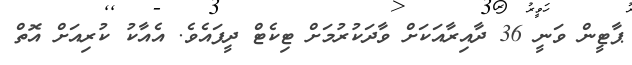
ޕާޓީން ވަނީ 36 ދާއިރާއަކަށް ވާދަކުރުމަށް ޓިކެޓް ދީފައެވެ. އެއާކު ކުރިއަށް އޮތް